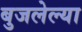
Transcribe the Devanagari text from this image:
बुजलेल्या